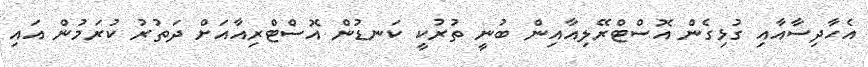
އެހާދިސާއާއި ގުޅިގެން އޮސްޓްރޭލިއާއިން ބުނީ ތުރުކީ ކަނޑުން އޮސްޓްރިއާއަށް ދަތުރު ކުރަމުން އައި